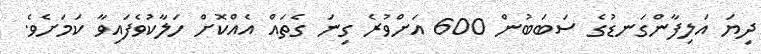
ދިޔަ އަލިފާންގަނޑުގެ ސަބަބުން 600 އަށްވުރެ ގިނަ ގެތައް އެއްކޮށް ހަލާކުވެފައިވާ ކަމަށެވެ.